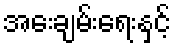
အေးချမ်းရေးနှင့်